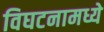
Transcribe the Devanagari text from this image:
विघटनामध्ये